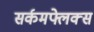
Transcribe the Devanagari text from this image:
सर्कमफ्लेक्स